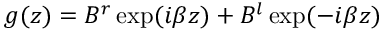
g ( z ) = B ^ { r } \exp ( i \beta z ) + B ^ { l } \exp ( - i \beta z )